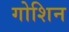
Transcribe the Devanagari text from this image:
गोशिन